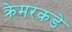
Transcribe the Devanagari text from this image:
क्रेमरकडे